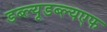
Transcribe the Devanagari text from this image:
डब्ल्यूडब्ल्यएफ